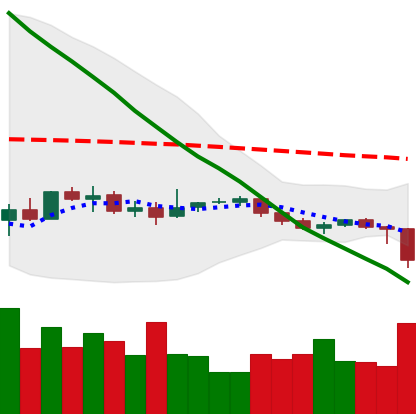
Ticker: EOS-USD
Chart end date: 2019-12-16
Forward return: 3.227%
Label: up_3_5